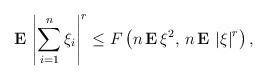
LaTeX: \begin{align*}{\bf E\,}\left| \sum_{i=1}^{n}\xi _{i}\right| ^{r}\leq F\left( n\,{\bf E\,}\xi ^{2},{\bf \,}n\,{\bf E\,}\left| \xi \right| ^{r}\right) , \end{align*}